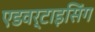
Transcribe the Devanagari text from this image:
एडवर्टाइसिंग